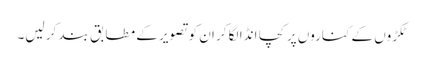
ٹکڑوں کے کناروں پر کچا انڈا لگا کر ان کو تصویر کے مطابق بند کر لیں۔